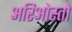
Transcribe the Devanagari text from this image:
अरिओस्तो